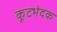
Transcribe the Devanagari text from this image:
कूटभेदक